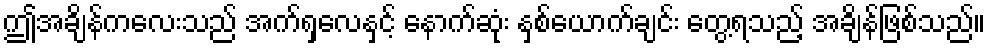
ဤအချိန်ကလေးသည် အက်ရှလေနှင့် နောက်ဆုံး နှစ်ယောက်ချင်း တွေ့ရသည့် အချိန်ဖြစ်သည်။